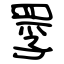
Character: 罦